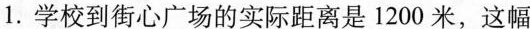
1. 学校到街心广场的实际距离是 1200 米，这幅